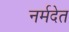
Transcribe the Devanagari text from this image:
नर्मदेत